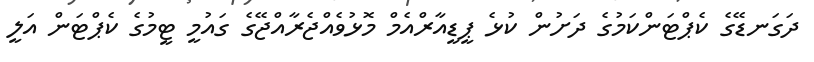
ދަގަނޑޭގެ ކެޕްޓަންކަމުގެ ދަށުން ކުޅެ ޕީޑީއާރްއެމް މޮޅުވެއްޖެރާއްޖޭގެ ގައުމީ ޓީމުގެ ކެޕްޓަން އަލީ